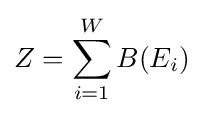
Z=\sum _{i=1}^{W}B(E_{i})